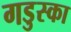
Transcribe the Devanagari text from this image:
गडुस्का